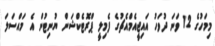
މިމަހުގެ 12 ވަނަ ދުވަހު އައިޖީއެމްއެޗުގެ ފެމިލީ ޕްރޮޓެކްޝަން ޔުނިޓުން އެ މައްސަލަ